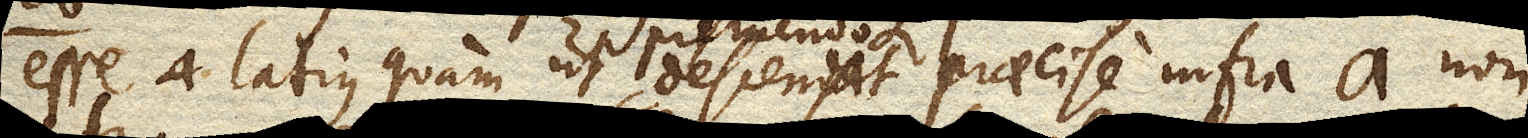
esse latius quam ut descendat praecise infra a. non